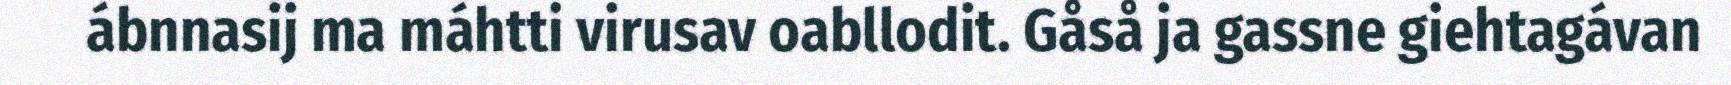
ábnnasij ma máhtti virusav oabllodit. Gåså ja gassne giehtagávan